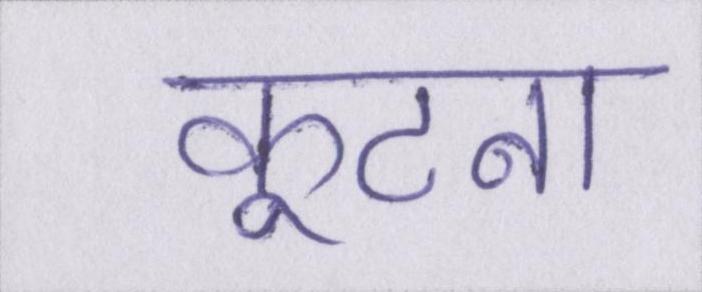
कूटना